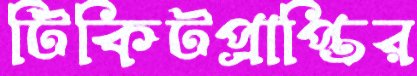
টিকিটপ্রাপ্তির